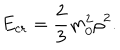
E _ { c r } = { \frac { 2 } { 3 } } m _ { 0 } ^ { 2 } \rho ^ { 2 } .